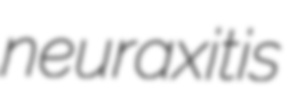
neuraxitis